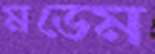
মডেম